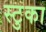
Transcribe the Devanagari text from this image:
स्टुका